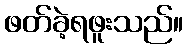
ဖတ်ခဲ့ရဖူးသည်။